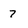
Character: 7